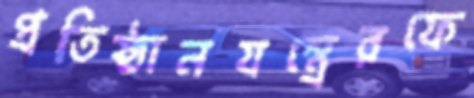
প্রতিষ্ঠানযন্ত্রেরফে